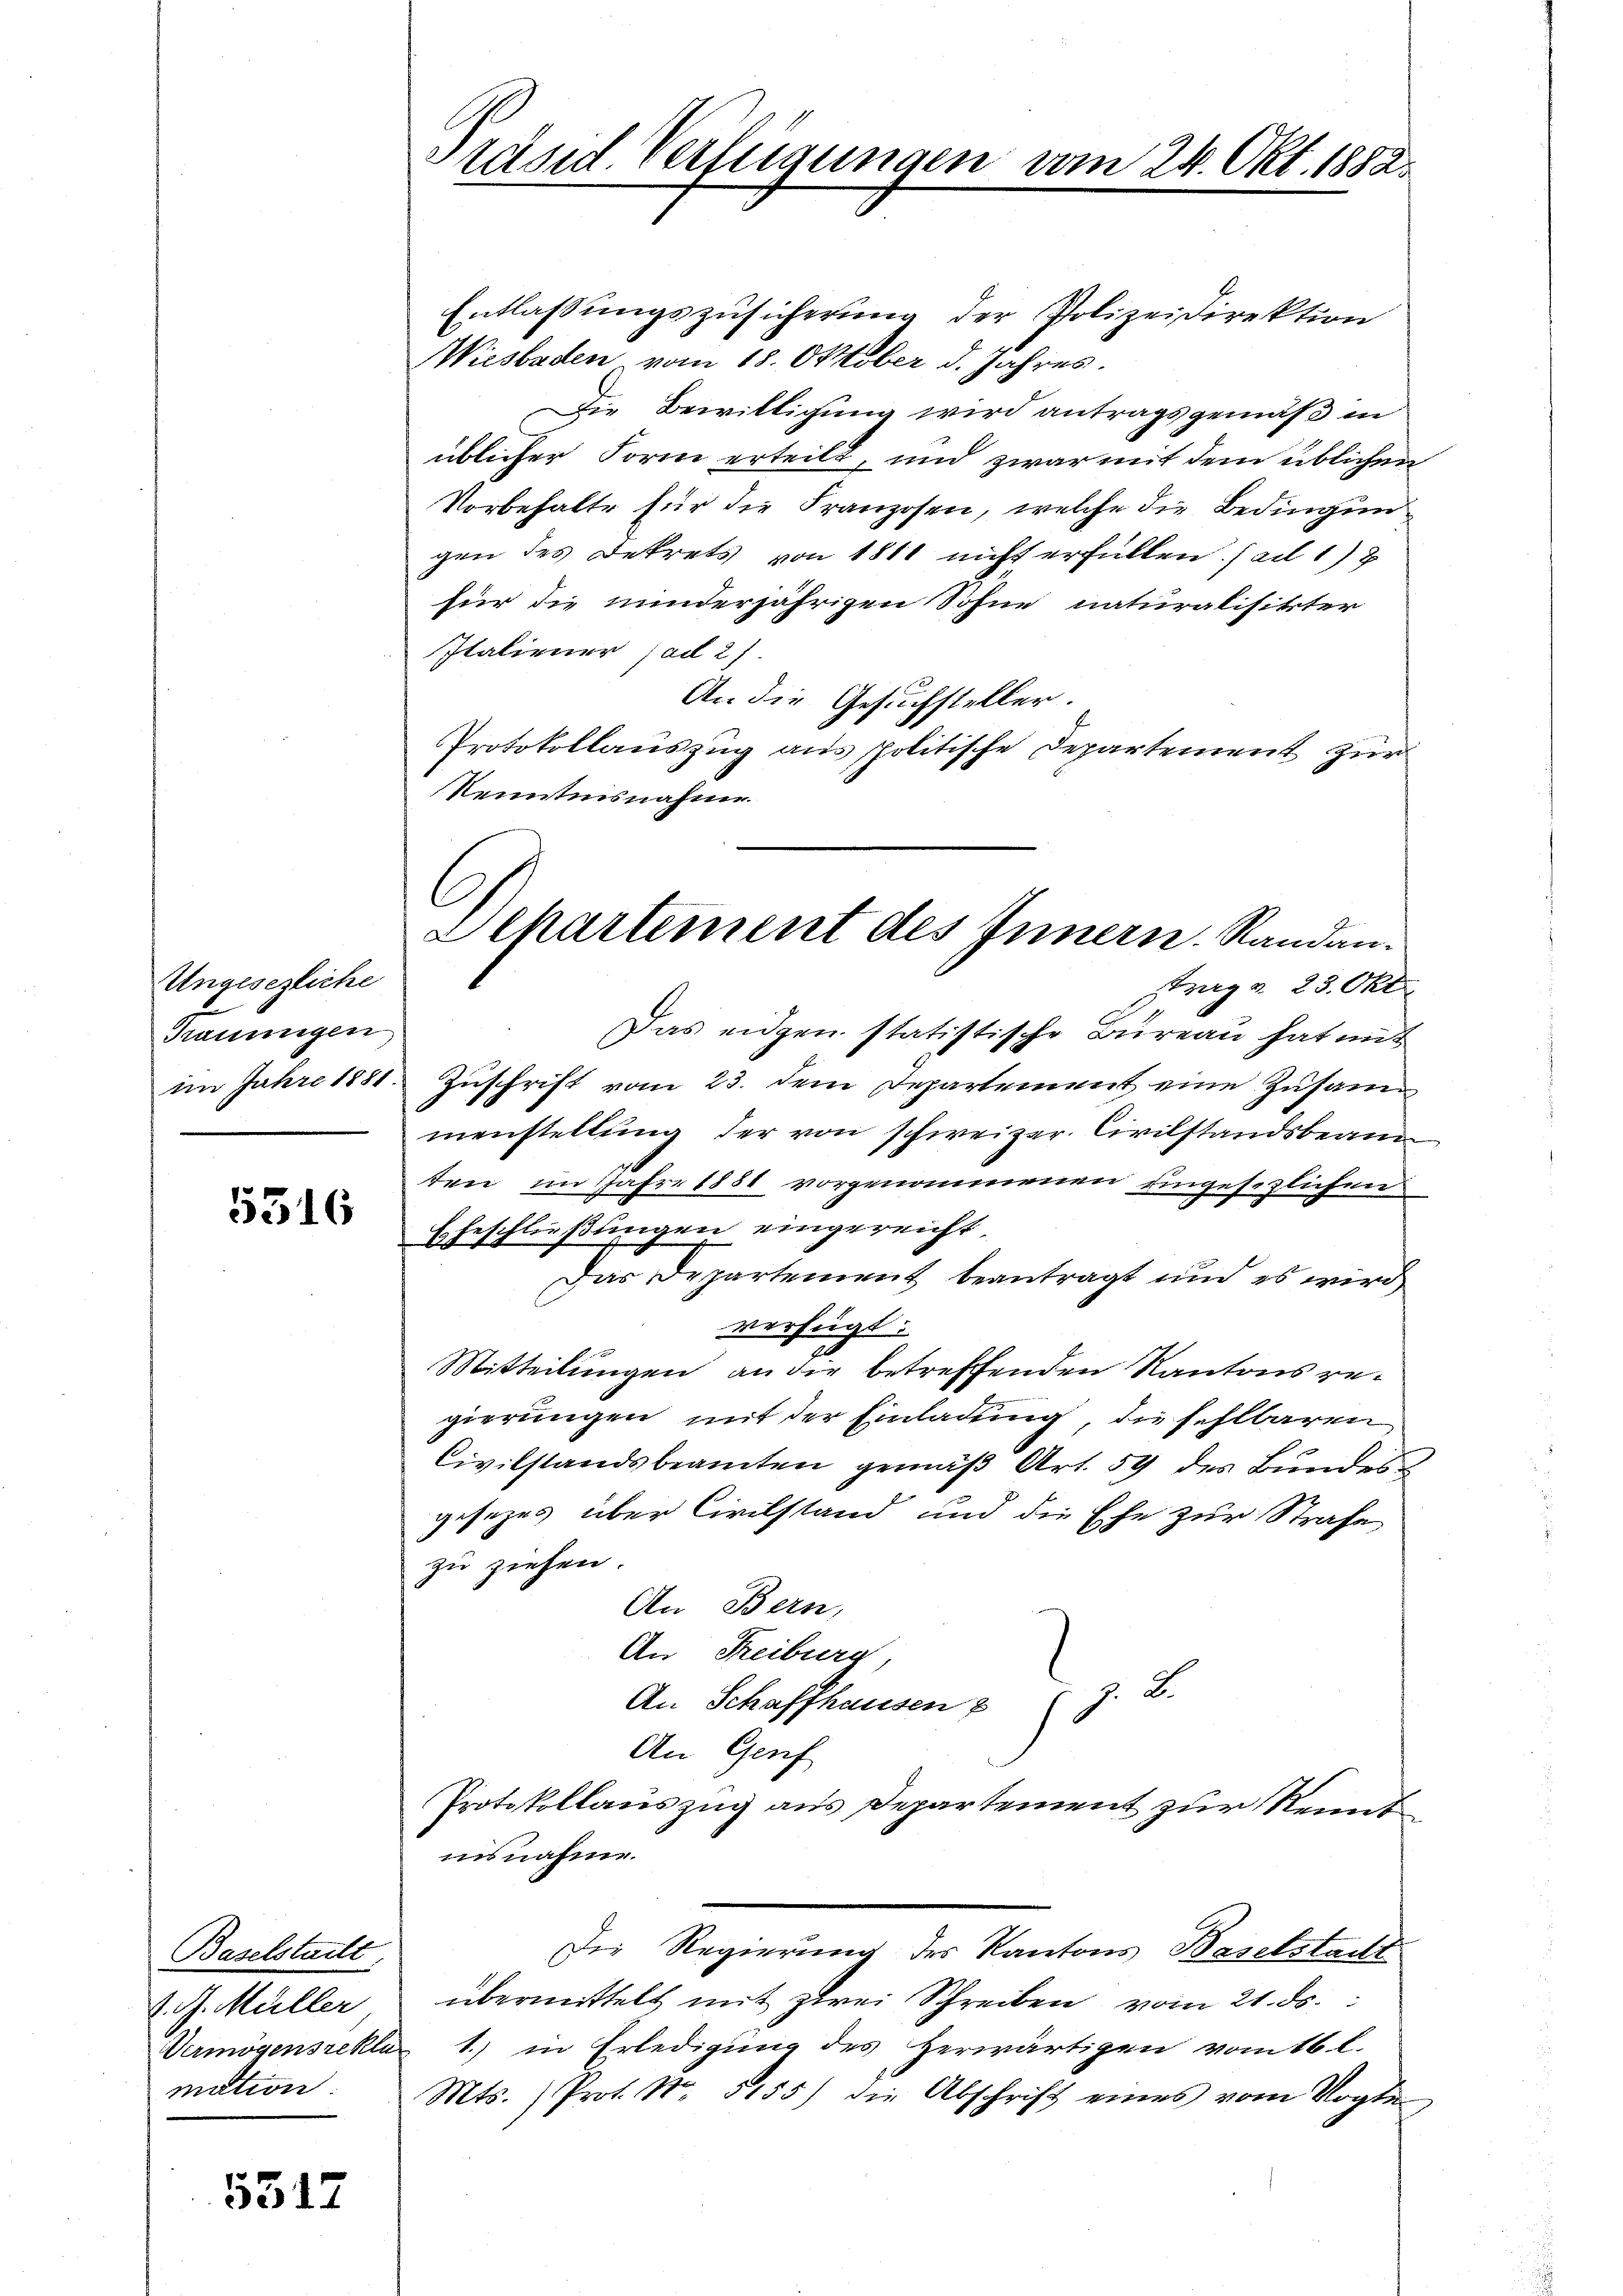
Ungesezliche
Traumigen
im Jahre 1881

5316

Baselstailt
Schotteilen
Vermögensrektur
mation

5517

Präsid Verfügungen vom 24. Okt. 1882.

C
Departement des Innern. Randanstrag v. 23. Okt.

Entlassungszusicherung der Polizeidirektion
Wiesbaden vom 18. Oktober d. Jahres.
Die Bewilligung wird antragsgemäß in
üblicher Form erteilt, und zwar mit dem üblichen
Vorbehalte für die Franzosen, welche die Bedingungen des Dekrets von 1811 nicht erfüllen. ( ad 1)
für die minderjährigen Sohne naturalisikter
Italiener ad 2)
An die Gesuchsteller.
Protokollauszug aus politische Departement zur
Kenntnisnahme.
Das eidgen statistische Büreau hat mit
Zuschrift vom 23. dem Departement eine Zusam
menstellung der von schweizer. Civilstandsbeamten, im Jahre 1881 vorgenommenen ungesezlichen
Eheschließungen eingereicht.
Das Departement beantragt und es wird
verfügt:
Mitteilungen an die betreffenden Kantons regierungen mit der Einladung, die fehlbaren
Civilstandsbeamten gemäß Art. 59 des Bundes
gesezes über Civilstand und die Ehe zur Strafe
zu ziehen.
An Bern,
An Freiburg,
An Schaffhausen z (z. B.
An Genf
Protokollauszug aus Departement zur Renntiisnahm.
Die Regierung des Kantons Baselstadt
übermittelt mit zwei Schreiben vom 21. ds.
1.) in Erledigung des Herwärtigen vom 16. l.
Mts. ) Prot. No. 5155) die Abschrift eines vom Vogten